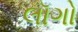
લૉગો